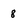
Character: 8